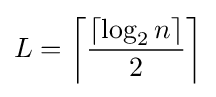
L=\left\lceil {\frac {\lceil \log _{2}n\rceil }{2}}\right\rceil